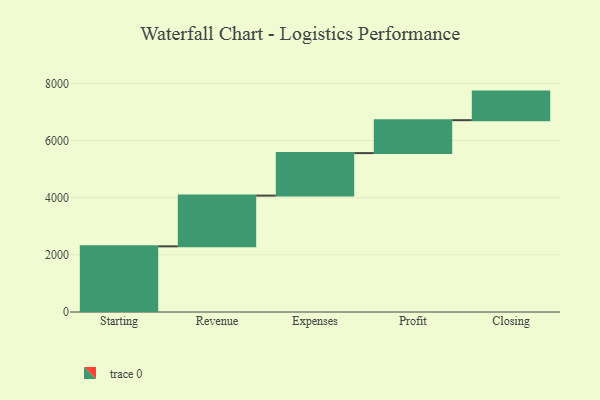
{"axis": {"x": "Step", "y": "Value"}, "legend": [""], "data": [{"x": "Starting", "y": 2298.0, "type": ""}, {"x": "Revenue", "y": 1776.0, "type": ""}, {"x": "Expenses", "y": 1487.0, "type": ""}, {"x": "Profit", "y": 1153.0, "type": ""}, {"x": "Closing", "y": 1000, "type": ""}]}